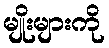
မျိုးများကို